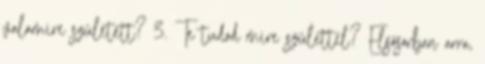
valamire született? 3. Te tudod mire születtél? Elsősorban arra,